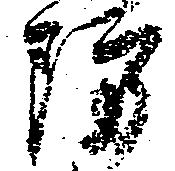
防